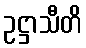
ဥဋ္ဌာသီတိ